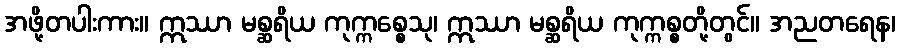
အဖို့တပါးကား။ ဣဿာ မစ္ဆရိယ ကုက္ကစ္စေသု၊ ဣဿာ မစ္ဆရိယ ကုက္ကစ္စတို့တွင်။ အညတရေန၊